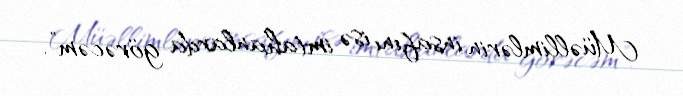
Müəllimlərin insafını isə imtahanlarda görəcəm”.